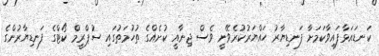
ކަނޑައަޅާފައިވާކަމަށާ ފަނޑިޔާރު ހައްޔަރުކުރެވޭނީ ވެސް ޖިނާއީ ކުށެއްގެ ތުހުމަތުގައި ސުޕްރީމް ކޯޓްގެ ފަނޑިޔާރުންގެ